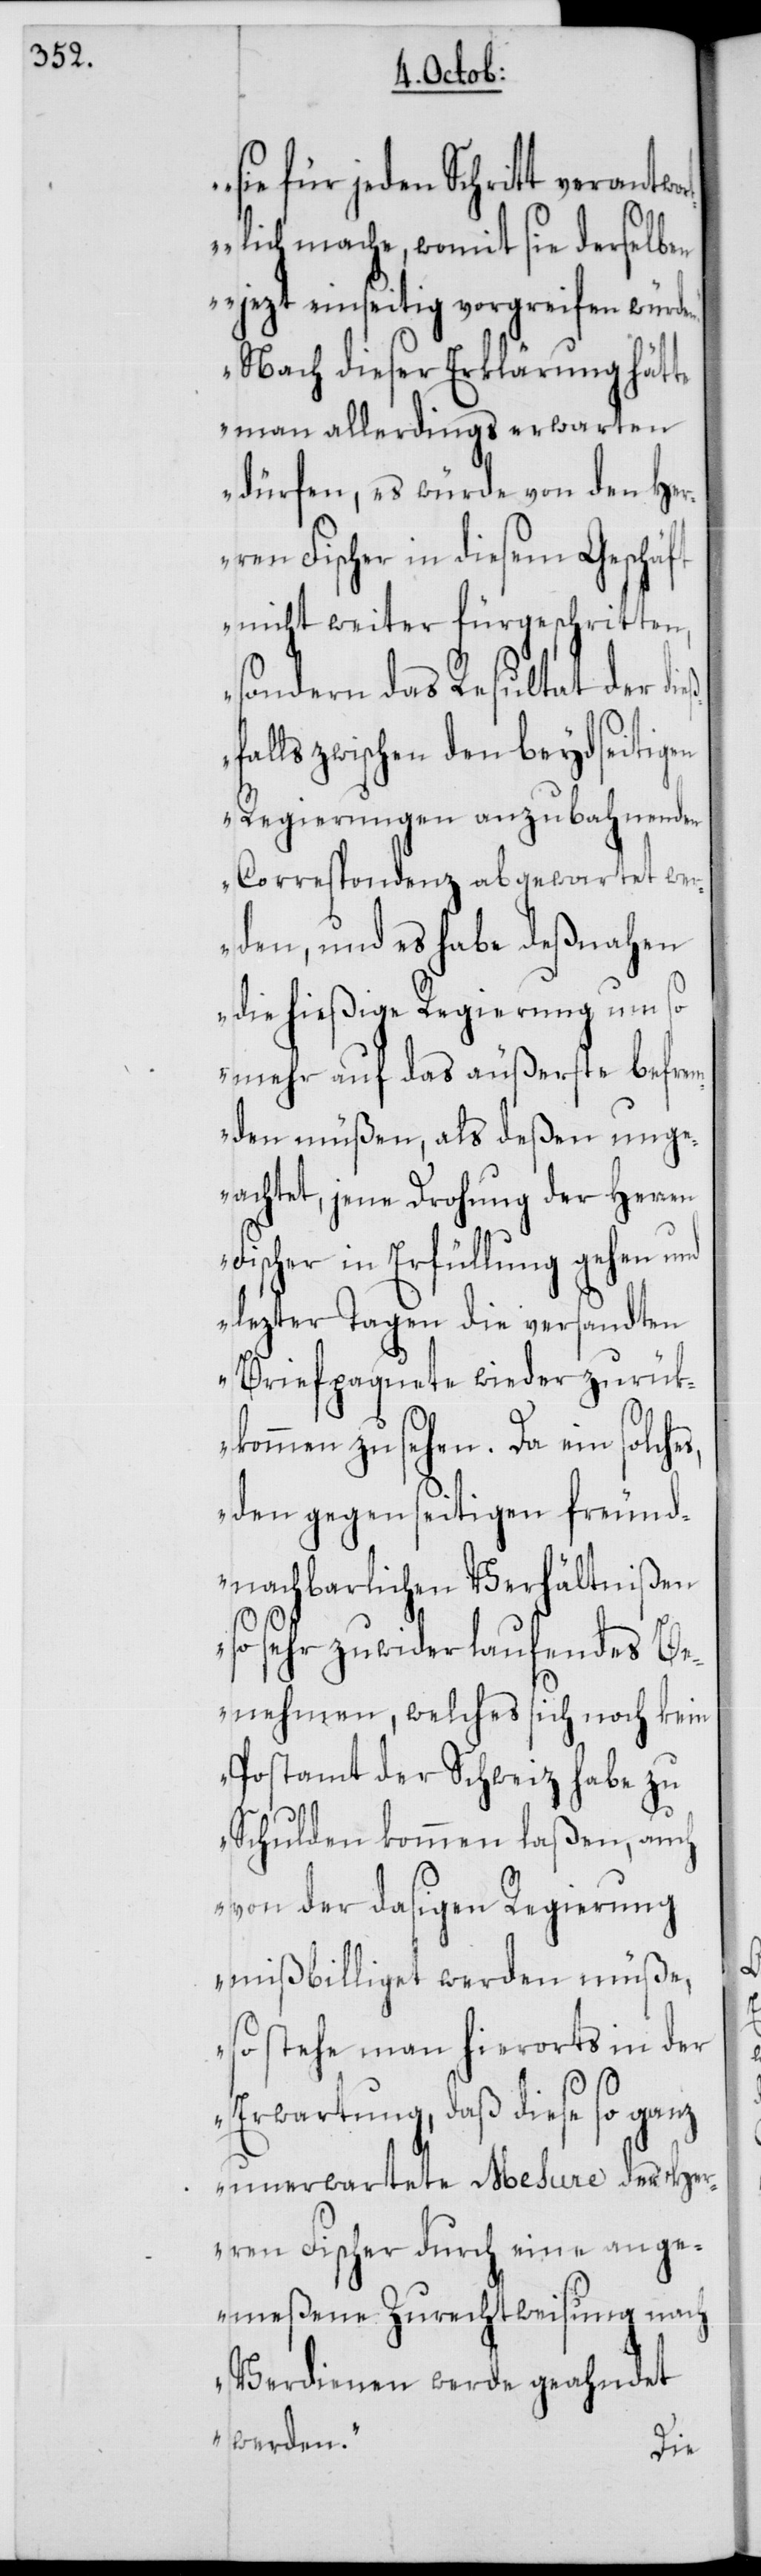
s,
sie für jeden Schritt verantwo¬
rtlich mache, womit sie derselben
jezt einseitig vorgreifen
Nach dieser Erklärung hätte
man allerdings erwarten
dürfen, es würde von den Her¬
ren Fischer in diesem Geschäft
nicht weiter fürgeschritten,
sondern das Resultat der die¬
falls zwischen den beydseitigen
Regierungen anzubahnenden
Correspondenz abgewartet we¬
rden, und es habe deßnahen
die hießige Regierung um so
mehr auf das äußerste befrem¬
den müßen, als deßen unge¬
achtet, jene Drohung der Herren
Fischer in Erfüllung gehen und
lezter Tagen die versandten
Briefpaquete wieder zurük¬
kommen zu sehen. Da ein solche¬
den gegenseitigen freund¬
nachbarlichen Verhältnißen
so sehr zuwiderlaufendes Be¬
nehmen, welches sich noch kein
Postamt der Schweiz habe zu
Schulden kommen laßen, auch
von der dasigen Regierung
mißbilliget werden müße,
so stehe man hierorts in der
Erwartung, daß diese so ganz
unerwartete Mesure des Her¬
ren Fischer durch eine ange¬
meßene Zurechtweisung nach
Verdienen werde geahndet
werden.